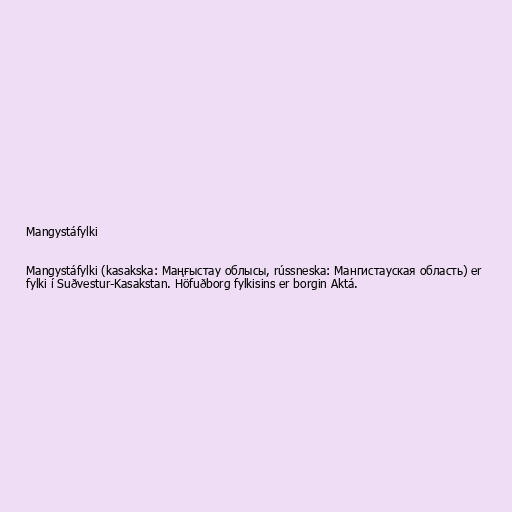
Mangystáfylki

Mangystáfylki (kasakska: Маңғыстау облысы, rússneska: Мангистауская область) er
fylki í Suðvestur-Kasakstan. Höfuðborg fylkisins er borgin Aktá.